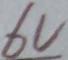
Text: 6V